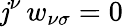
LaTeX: \mathit{j}^{\nu}\, w_{\nu\sigma}=0